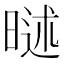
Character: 𣉐